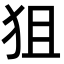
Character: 狙